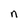
Character: n